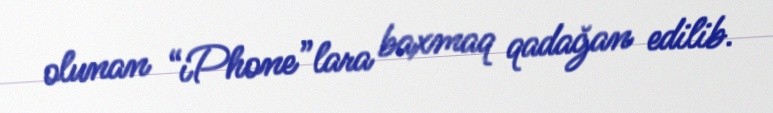
olunan “iPhone”lara baxmaq qadağan edilib.